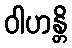
ဝါဟန္တိ